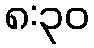
၈:၃၀